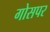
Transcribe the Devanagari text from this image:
गोसपर